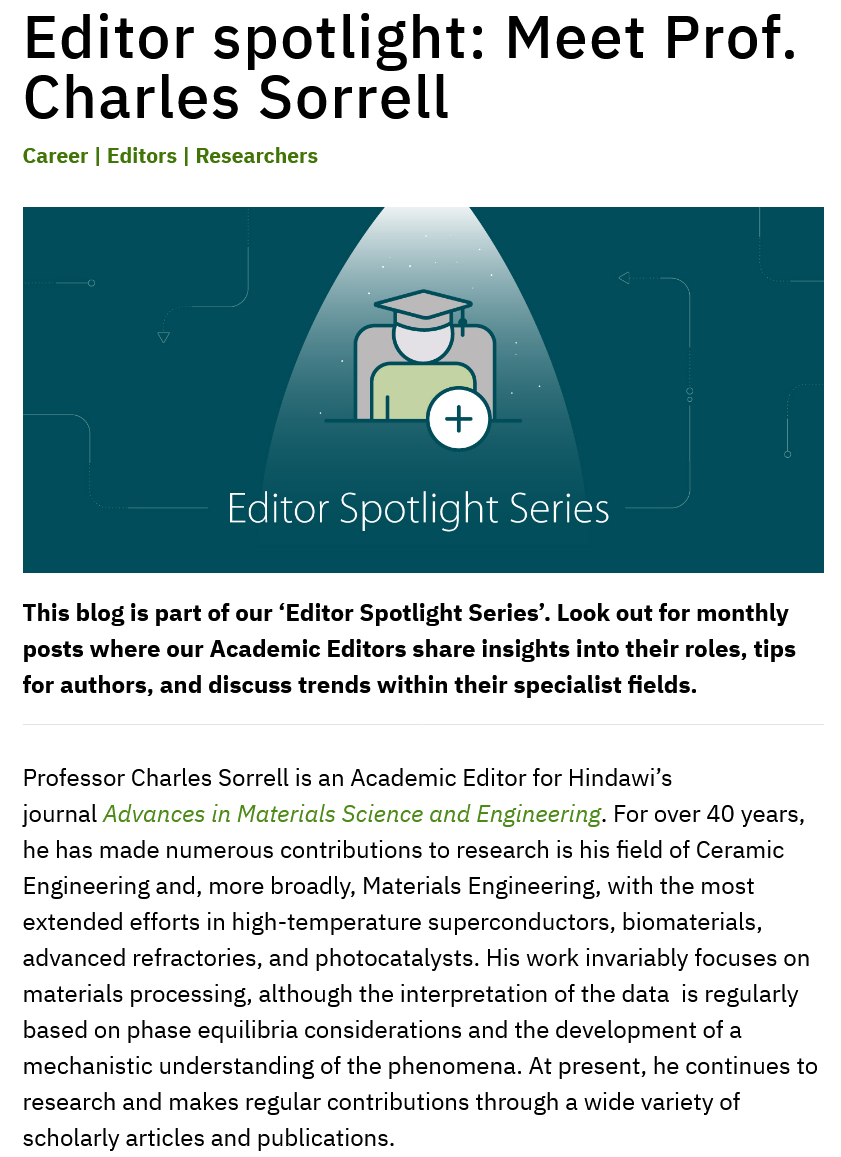
I
     aN
     ay
     Editor   Spotlight    Series
   Editor    spotlight:    Meet    Prof.
   Charles    Sorrell
  Career | Editors | Researchers
  This blog is part of our ‘Editor Spotlight Series’. Look out for monthly
   posts where our Academic Editors share insights into their roles, tips
  for authors, and discuss trends within their specialist fields.
   Professor Charles Sorrell is an Academic Editor for Hindawi’s
  journal Advances in Materials Science and Engineering. For over 40 years,
   he has made numerous contributions to research is his field of Ceramic
   Engineering and, more broadly, Materials Engineering, with the most
   extended efforts in high-temperature superconductors, biomaterials,
  advanced refractories, and photocatalysts. His work invariably focuses on
   materials processing, although the interpretation of the data is regularly
   based on phase equilibria considerations and the development of a
   mechanistic understanding of the phenomena. At present, he continues to
   research and makes regular contributions through a wide variety of
   scholarly articles and publications.